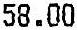
58.00